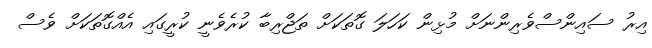
އިރު ސައިންސްވެރިންނަށް މުޅިން ކަހަލަ ގޮތަކަށް ތަޖްރިބާ ކުރެވެނީ ކުރީގައި އެއްގޮތަކަށް ވެސް